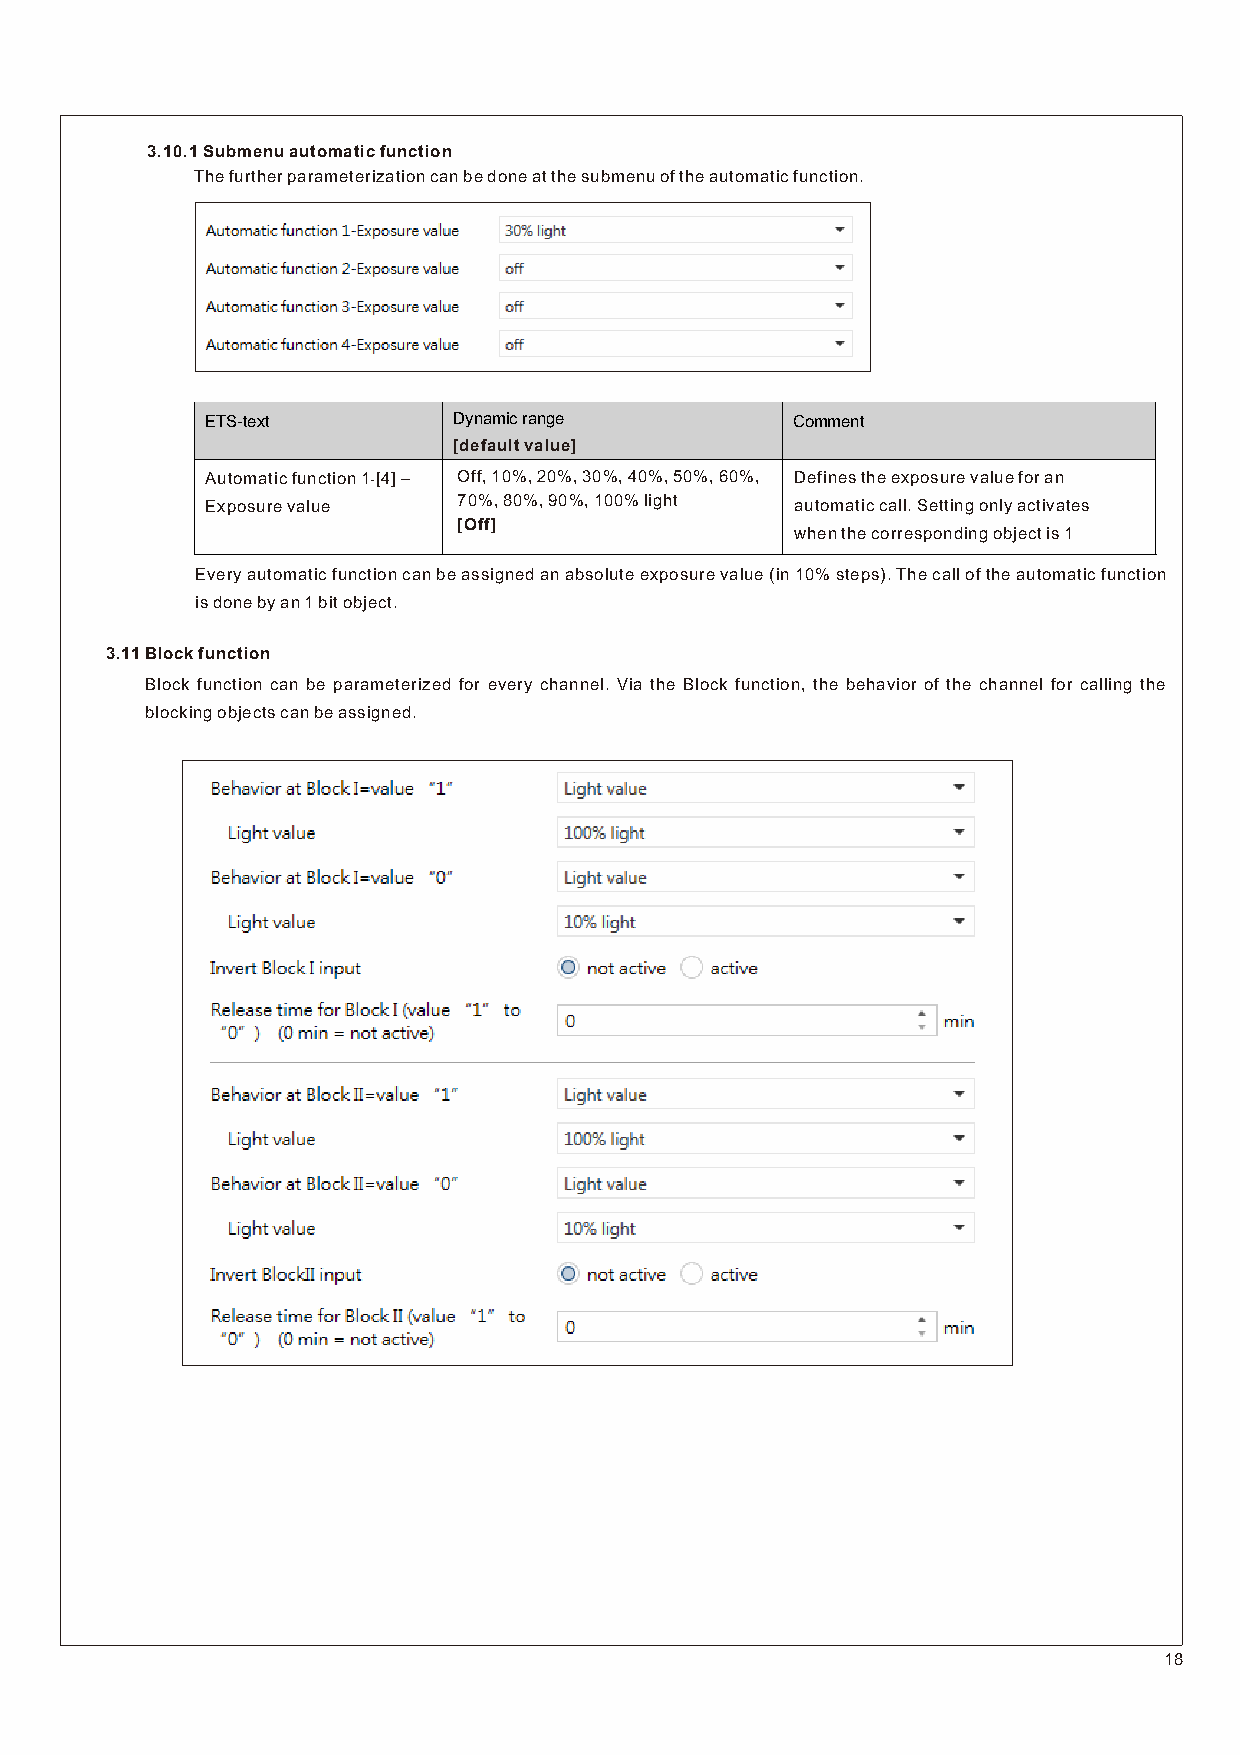
3.10.1 Submenu automatic function
 The further parameterization can be done at the submenu of the automatic function.
 ETS-text        Dynamic range         Comment
 [default value]
 Automatic function 1­[4] – Off, 10%, 20%, 30%, 40%, 50%, 60%, Defines the exposure value for an
 Exposure value  70%, 80%, 90%, 100% light automatic call. Setting only activates
 [Off]
 when the corresponding object is 1
 Every automatic function can be assigned an absolute exposure value (in 10% steps). The call of the automatic function
 is done by an 1 bit object.
 3.11 Block function
 Block function can be parameterized for every channel. Via the Block function, the behavior of the channel for calling the
 blocking objects can be assigned.
 18